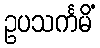
ဥပသင်္ကမိံ